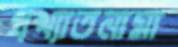
প্রখ্যাতনামা